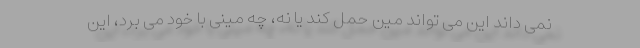
نمی داند این می تواند مین حمل کند یا نه، چه مینی با خود می برد، این